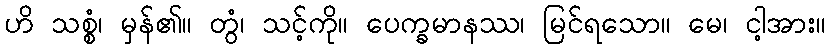
ဟိ သစ္စံ၊ မှန်၏။ တွံ၊ သင့်ကို။ ပေက္ခမာနဿ၊ မြင်ရသော။ မေ၊ ငါ့အား။